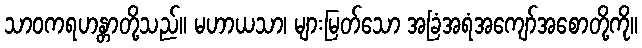
သာဝကရဟန္တာတို့သည်။ မဟာယသာ၊ များမြတ်သော အခြံအရံအကျော်အစောတို့ကို။